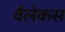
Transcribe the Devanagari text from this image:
वैलेकस